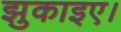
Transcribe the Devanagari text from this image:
झुकाइए।